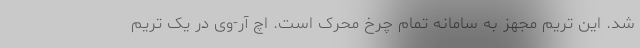
شد. این تریم مجهز به سامانه تمام چرخ محرک است. اچ آر-وی در یک تریم